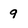
Character: 9